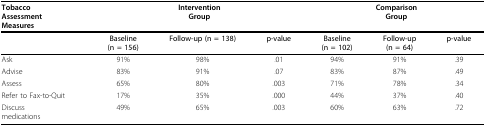
| TobaccoAssessmentMeasures | <COLSPAN=3> InterventionGroup | <COLSPAN=3> ComparisonGroup |
 | --- | --- | --- | --- | --- | --- | --- |
 |  | Baseline(n = 156) | Follow-up (n = 138) | p-value | Baseline(n = 102) | Follow-up(n = 64) | p-value |
 | Ask | 91% | 98% | .01 | 94% | 91% | .39 |
 | Advise | 83% | 91% | .07 | 83% | 87% | .49 |
 | Assess | 65% | 80% | .003 | 71% | 78% | .34 |
 | Refer to Fax-to-Quit | 17% | 35% | .000 | 44% | 37% | .40 |
 | Discussmedications | 49% | 65% | .003 | 60% | 63% | .72 |